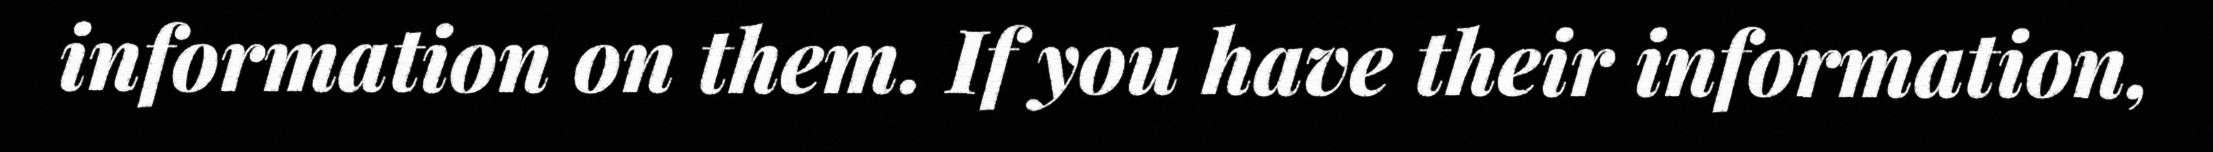
information on them. If you have their information,